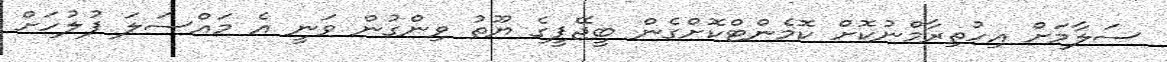
ސަލާމަށް އިހުތިރާމްނުކޮށް ކޮމެންޓްކޮށްގެން ބީޖޭޕީގެ ޔޫތު ވިންގުން ވަނީ އެ މައްސަލަ ފުލުހަށް